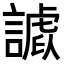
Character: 𧫪